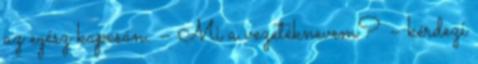
az egész kapcsán. – Mi a vezetéknevem? – kérdezi